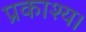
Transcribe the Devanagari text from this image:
प्रकाश्य।